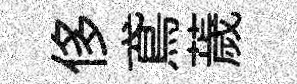
侈鳶薉